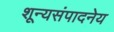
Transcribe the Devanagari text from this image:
शून्यसंपादनेय